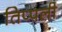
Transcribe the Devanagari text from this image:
तिप्पली